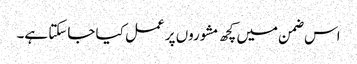
اس ضمن میں کچھ مشوروں پر عمل کیا جاسکتا ہے۔